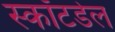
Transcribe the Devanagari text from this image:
स्कॉटडेल